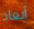
أبعاد